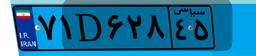
۷۱D۶۲۸۴۵